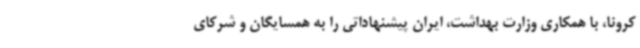
کرونا، با همکاری وزارت بهداشت، ایران پیشنهاداتی را به همسایگان و شرکای